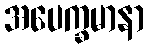
အပေက္ခမာနာ